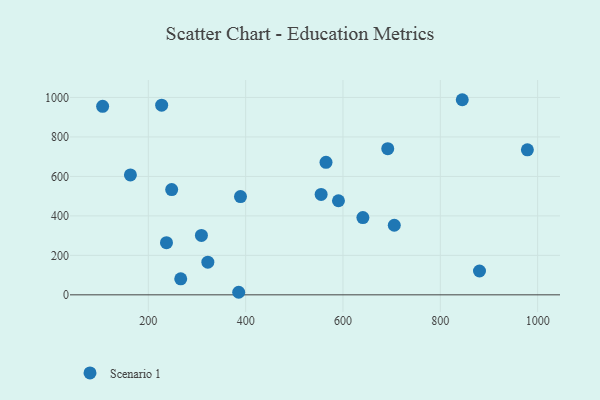
{"axis": {"x": "Investment", "y": "Fuel Efficiency"}, "legend": ["Scenario 1"], "data": [{"x": "389.4", "y": 497.8, "type": "Scenario 1"}, {"x": "237.3", "y": 264.1, "type": "Scenario 1"}, {"x": "555.1", "y": 508.6, "type": "Scenario 1"}, {"x": "322.3", "y": 165.7, "type": "Scenario 1"}, {"x": "163.2", "y": 607.4, "type": "Scenario 1"}, {"x": "590.7", "y": 476.7, "type": "Scenario 1"}, {"x": "978.9", "y": 734.8, "type": "Scenario 1"}, {"x": "266.6", "y": 81.3, "type": "Scenario 1"}, {"x": "640.9", "y": 391.3, "type": "Scenario 1"}, {"x": "880.5", "y": 120.8, "type": "Scenario 1"}, {"x": "227.4", "y": 960.8, "type": "Scenario 1"}, {"x": "309.1", "y": 300.9, "type": "Scenario 1"}, {"x": "565.1", "y": 671.3, "type": "Scenario 1"}, {"x": "106.1", "y": 955.0, "type": "Scenario 1"}, {"x": "845.1", "y": 988.5, "type": "Scenario 1"}, {"x": "248.0", "y": 533.3, "type": "Scenario 1"}, {"x": "705.4", "y": 352.6, "type": "Scenario 1"}, {"x": "692.0", "y": 740.6, "type": "Scenario 1"}, {"x": "385.7", "y": 13.0, "type": "Scenario 1"}]}